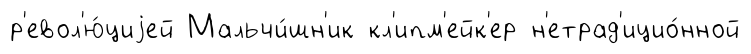
р'евол'ю́циjей Мальчи́шн'ик кл'ипм'ейк'ер н'етрад'ицио́нной